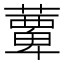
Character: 𫉹